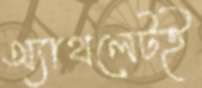
অ্যাথলেটই